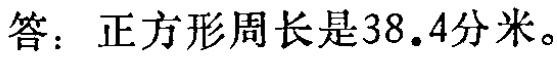
答：正方形周长是\(38.4\)分米。